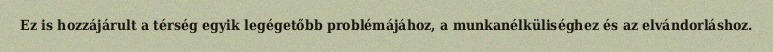
Ez is hozzájárult a térség egyik legégetőbb problémájához, a munkanélküliséghez és az elvándorláshoz.